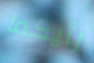
رأيكما